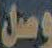
وصل